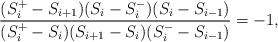
LaTeX: \begin{align*} \frac{(S^{+}_i-S_{i+1})(S_i-S^{-}_i)(S_i-S_{i-1})}{(S^{+}_i-S_i)(S_{i+1}-S_i)(S^{-}_i-S_{i-1})}=-1,\end{align*}